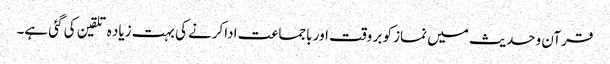
قرآن وحدیث میں نماز کو بر وقت اور باجماعت اداکرنے کی بہت زیاد ہ تلقین کی گئی ہے۔